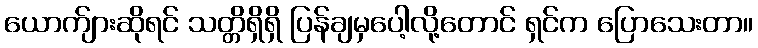
ယောက်ျားဆိုရင် သတ္တိရှိရှိ ပြန်ချမှပေါ့လို့တောင် ရှင်က ပြောသေးတာ။